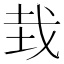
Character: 㘽